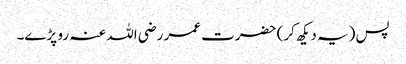
پس (یہ دیکھ کر) حضرت عمر رضی اللہ عنہ رو پڑے۔